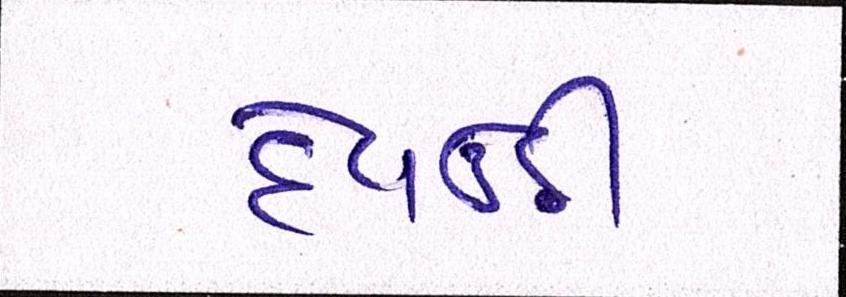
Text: દેવઉઠી